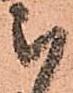
被